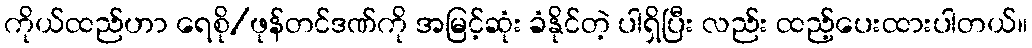
ကိုယ်ထည်ဟာ ရေစို/ဖုန်တင်ဒဏ်ကို အမြင့်ဆုံး ခံနိုင်တဲ့ ပါရှိပြီး လည်း ထည့်ပေးထားပါတယ်။